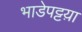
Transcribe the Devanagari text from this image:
भाडेपट्टय़ा